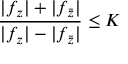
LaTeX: { \frac { | f _ { z } | + | f _ { \bar { z } } | } { | f _ { z } | - | f _ { \bar { z } } | } } \leq K